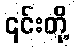
၎င်းတို့